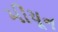
મીયૂન